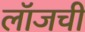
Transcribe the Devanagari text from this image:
लॉजची